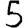
Digit: 5